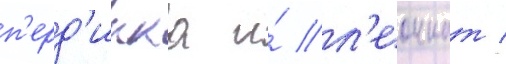
п'ерд'икка и́ л'еоннат /